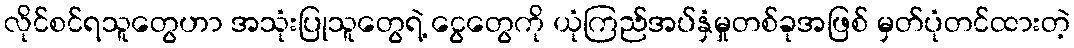
လိုင်စင်ရသူတွေဟာ အသုံးပြုသူတွေရဲ့ ငွေတွေကို ယုံကြည်အပ်နှံမှုတစ်ခုအဖြစ် မှတ်ပုံတင်ထားတဲ့